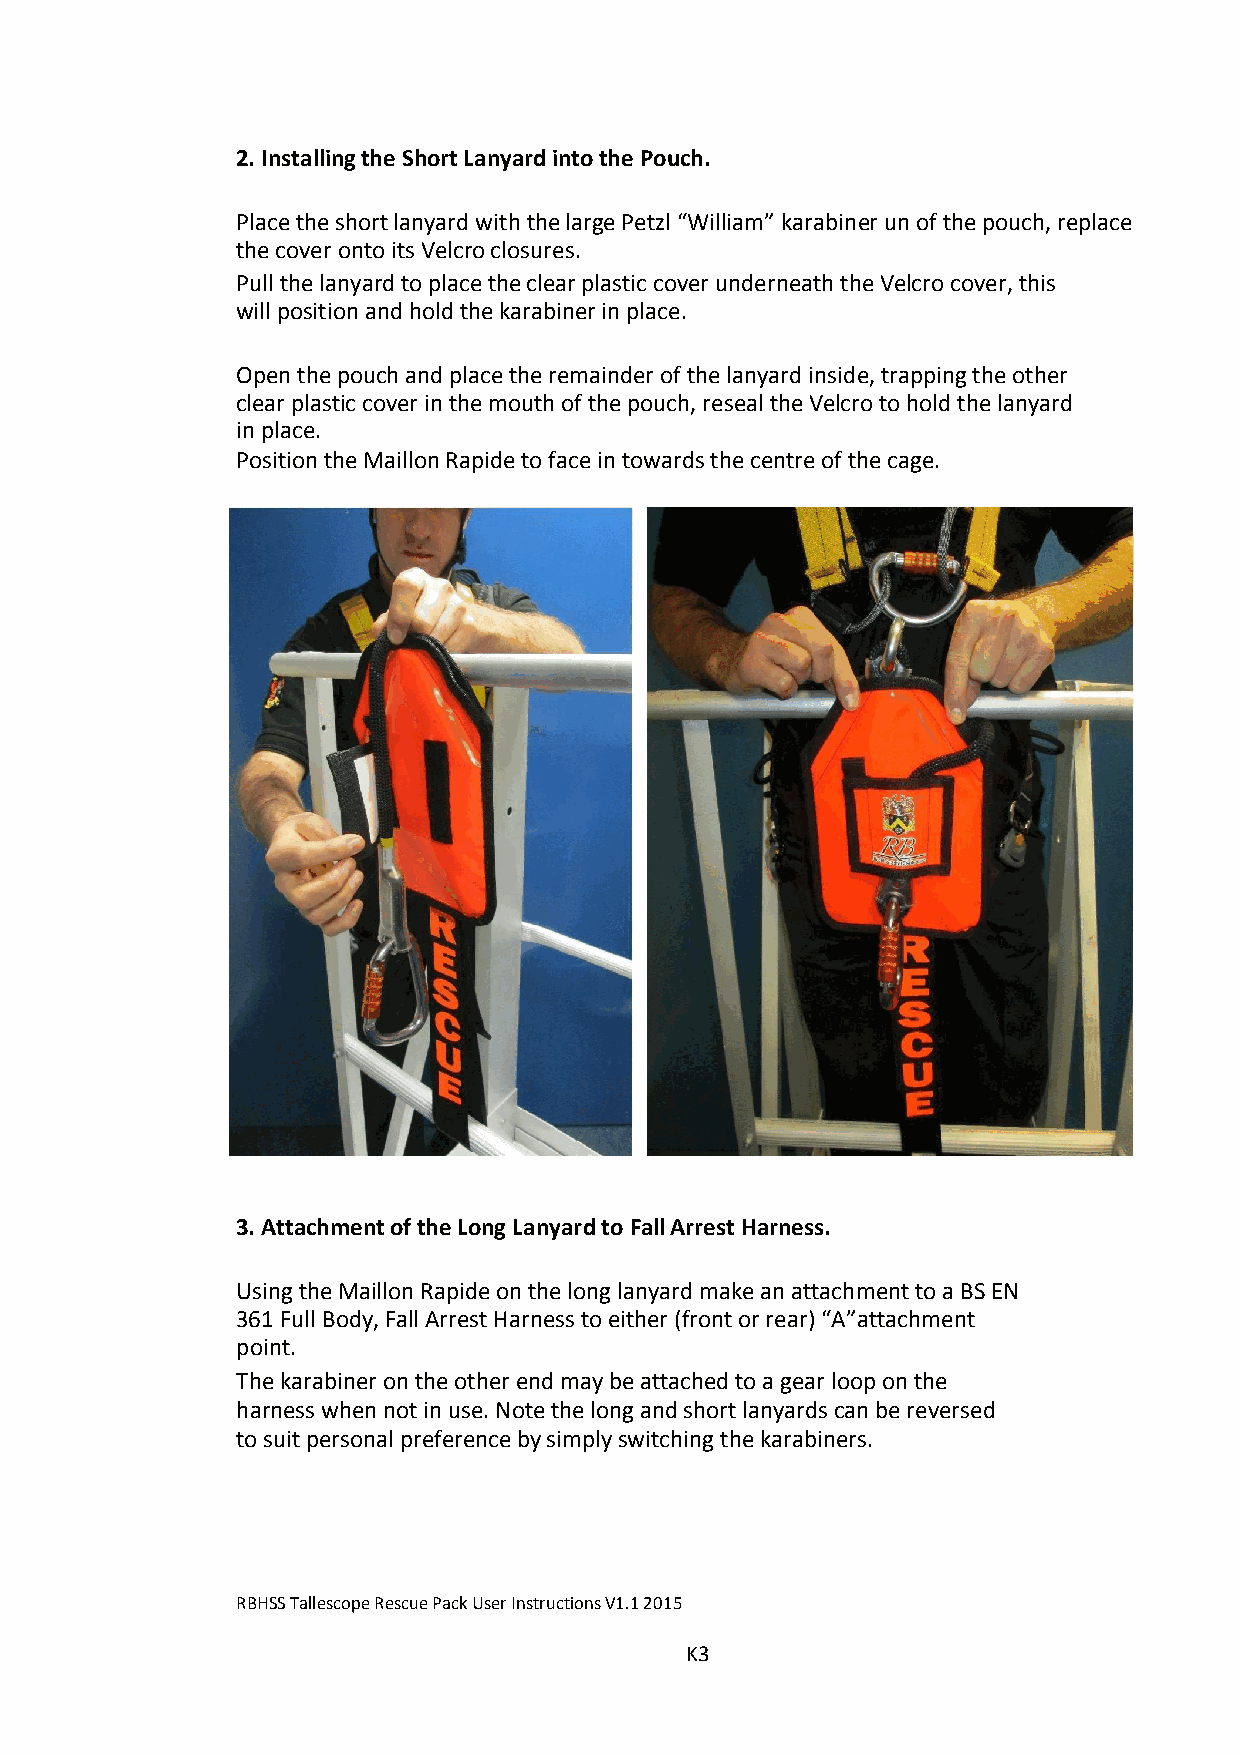
2. Installing the Short Lanyard into the Pouch.
 Place the short lanyard with the large Petzl “William” karabiner un of the pouch, replace
 the cover onto its Velcro closures.
 Pull the lanyard to place the clear plastic cover underneath the Velcro cover, this
 will position and hold the karabiner in place.
 Open the pouch and place the remainder of the lanyard inside, trapping the other
 clear plastic cover in the mouth of the pouch, reseal the Velcro to hold the lanyard
 in place.
 Position the Maillon Rapide to face in towards the centre of the cage.
 3. Attachment of the Long Lanyard to Fall Arrest Harness.
 Using the Maillon Rapide on the long lanyard make an attachment to a BS EN
 361 Full Body, Fall Arrest Harness to either (front or rear) “A”attachment
 point.
 The karabiner on the other end may be attached to a gear loop on the
 harness when not in use. Note the long and short lanyards can be reversed
 to suit personal preference by simply switching the karabiners.
 RBHSS Tallescope Rescue Pack User Instructions V1.1 2015
 K3